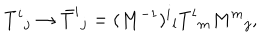
LaTeX: T ^ { i } { } _ { j } \rightarrow \bar { T } ^ { i } { } _ { j } = ( M ^ { - 1 } ) ^ { i } { } _ { l } T ^ { l } { } _ { m } M ^ { m } { } _ { j } ,